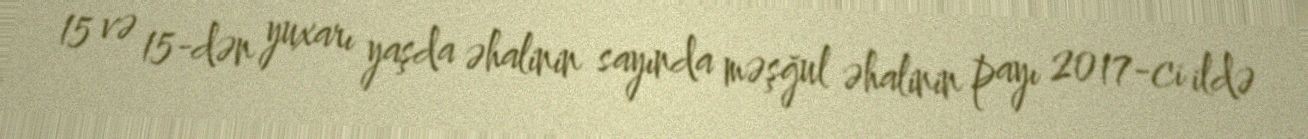
15 və 15-dən yuxarı yaşda əhalinin sayında məşğul əhalinin payı 2017-ci ildə